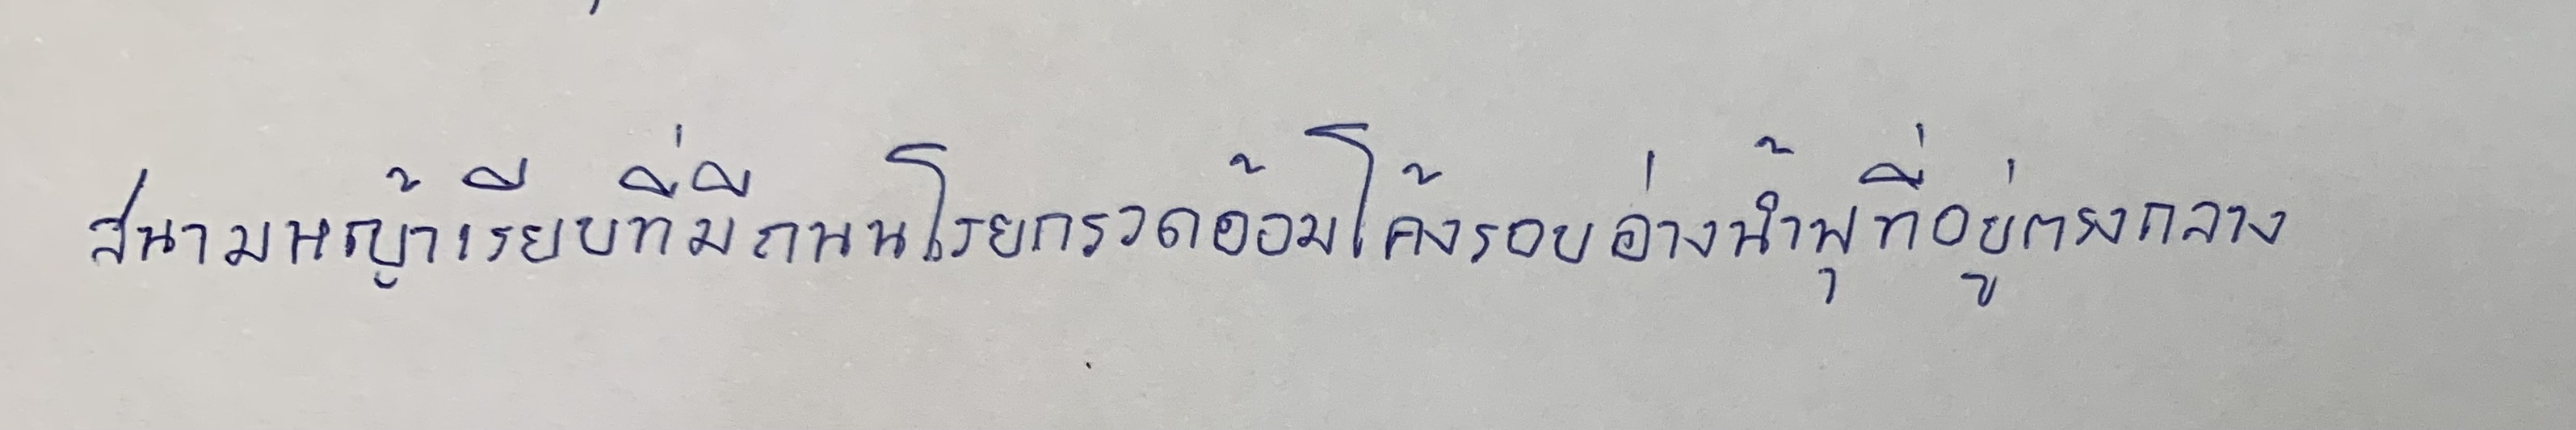
สนามหญ้าเรียบที่มีถนนโรยกรวดอ้อมโค้งรอบอ่างน้ำพุที่อยู่ตรงกลาง